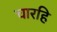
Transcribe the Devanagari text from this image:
चारहि